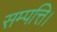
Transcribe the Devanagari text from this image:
सम्पत्ति।